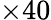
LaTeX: \times 40